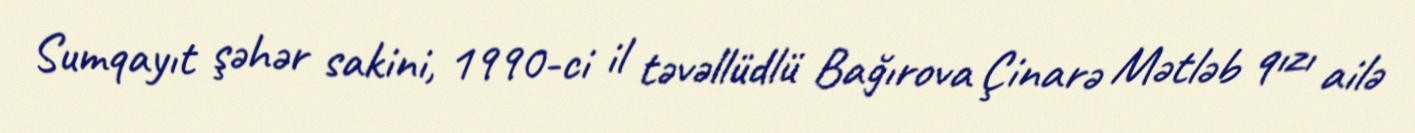
Sumqayıt şəhər sakini, 1990-ci il təvəllüdlü Bağırova Çinarə Mətləb qızı ailə